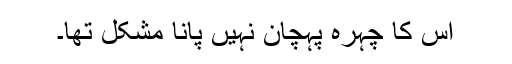
اس کا چہرہ پہچان نہیں پانا مشکل تھا۔